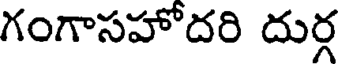
గంగాసహోదరి దుర్గ